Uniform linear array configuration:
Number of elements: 8
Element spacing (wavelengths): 0.75
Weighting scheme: exponential
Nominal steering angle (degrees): -45
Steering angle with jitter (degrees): -44.264
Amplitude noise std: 0.05
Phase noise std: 0.05

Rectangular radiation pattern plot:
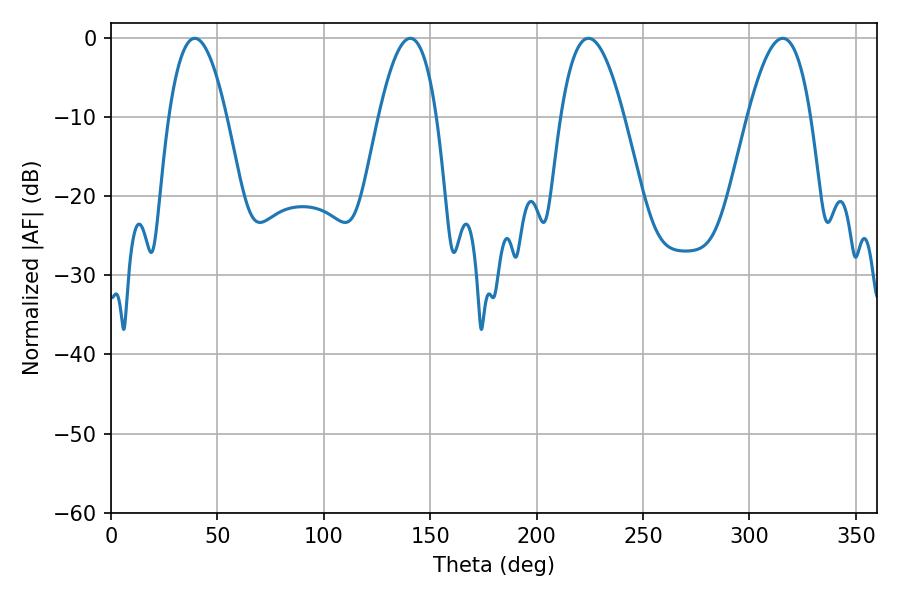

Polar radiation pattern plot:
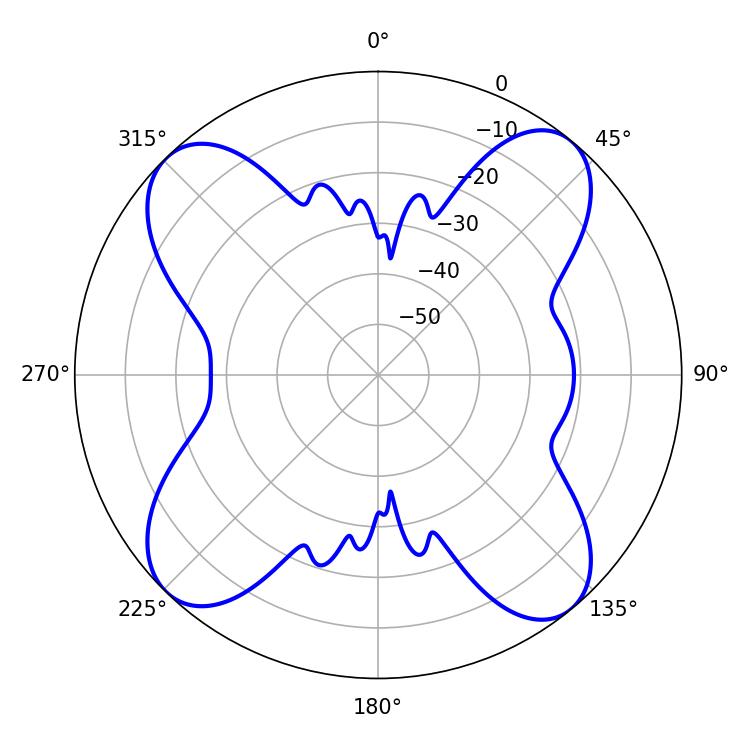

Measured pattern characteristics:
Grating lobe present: TRUE
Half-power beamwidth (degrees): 14.94
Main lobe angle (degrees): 39.42